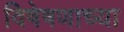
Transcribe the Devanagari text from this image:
विषेषणाच्या